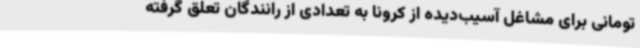
تومانی برای مشاغل آسیب‌دیده از کرونا به تعدادی از رانندگان تعلق گرفته